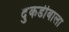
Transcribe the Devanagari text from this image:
दुकडीबाला